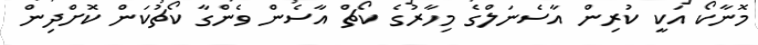
މޮނާކޯ އަކީ ކުރިން އާސެނަލްގެ މިހާރުގެ ކޯޗް އާސެން ވެންގާ ކޯޗުކަން ކޮށްދިން